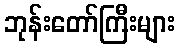
ဘုန်းတော်ကြီးများ